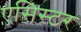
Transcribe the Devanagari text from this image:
एसिस्टर